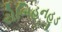
રોબિહનહૂડ